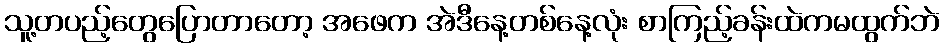
သူ့တပည့်တွေပြောတာတော့ အဖေက အဲဒီနေ့တစ်နေ့လုံး စာကြည့်ခန်းထဲကမထွက်ဘဲ